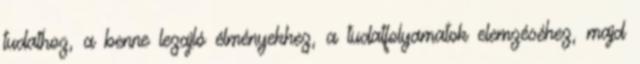
tudathoz, a benne lezajló élményekhez, a tudatfolyamatok elemzéséhez, majd